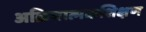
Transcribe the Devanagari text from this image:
अक्रियात्मकशिक्षण